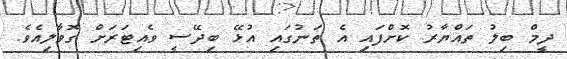
ދީމް ބިލު ތައްޔާރު ކޮށްފައި އެ ތަނުގައި އުޅޭ ބިދޭސީ ވެއިޓަރަށް ގޮވާލިއެވެ.